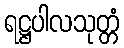
ရဋ္ဌပါလသုတ္တံ